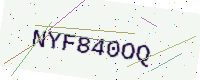
Text: NYF840OQ